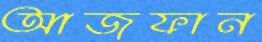
আজফান